Source: Handwritten
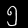
Digit: ၅ (5)